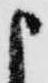
申